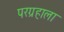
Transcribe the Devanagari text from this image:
परग्रहाला